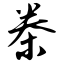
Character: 桊